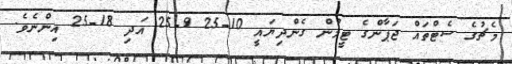
މެޗުގެ ސެޓްތައް ޖަޕާންގެ ޓީމުން ގެންދިޔައީ 10-25 9-25 އަދި 18-25 އިންނެވެ.